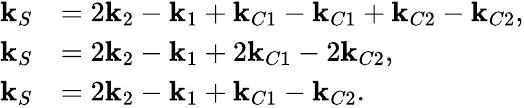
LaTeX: \begin{array}{rl}{\mathbf{k}_{S}}&{=2\mathbf{k}_{2}-\mathbf{k}_{1}+\mathbf{k}_{C1}-\mathbf{k}_{C1}+\mathbf{k}_{C2}-\mathbf{k}_{C2},}\\ {\mathbf{k}_{S}}&{=2\mathbf{k}_{2}-\mathbf{k}_{1}+2\mathbf{k}_{C1}-2\mathbf{k}_{C2},}\\ {\mathbf{k}_{S}}&{=2\mathbf{k}_{2}-\mathbf{k}_{1}+\mathbf{k}_{C1}-\mathbf{k}_{C2}.}\end{array}